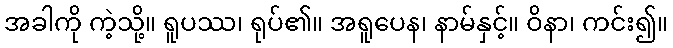
အခါကို ကဲ့သို့။ ရူပဿ၊ ရုပ်၏။ အရူပေန၊ နာမ်နှင့်။ ဝိနာ၊ ကင်း၍။